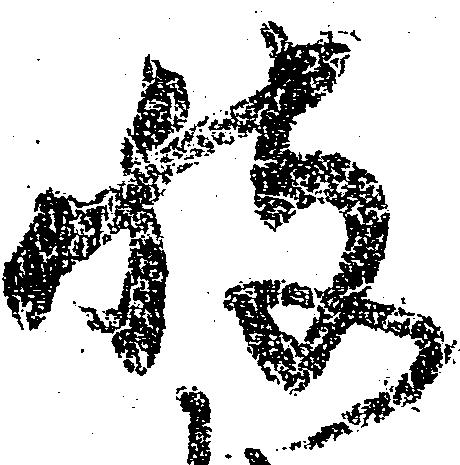
被